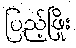
ပြည့်ဖြိုး